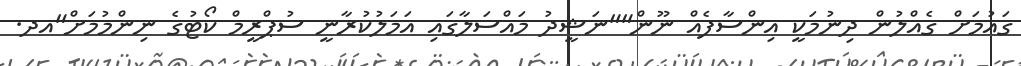
ގައުމަށް ގެއްލުން ދިނުމަކީ އިންސާފެއް ނޫން""ނަޝީދު މައްސަލާގައި އަމަލުކުރާނީ ސުޕްރީމް ކޯޓުގެ ނިންމުމަށް"އދ.